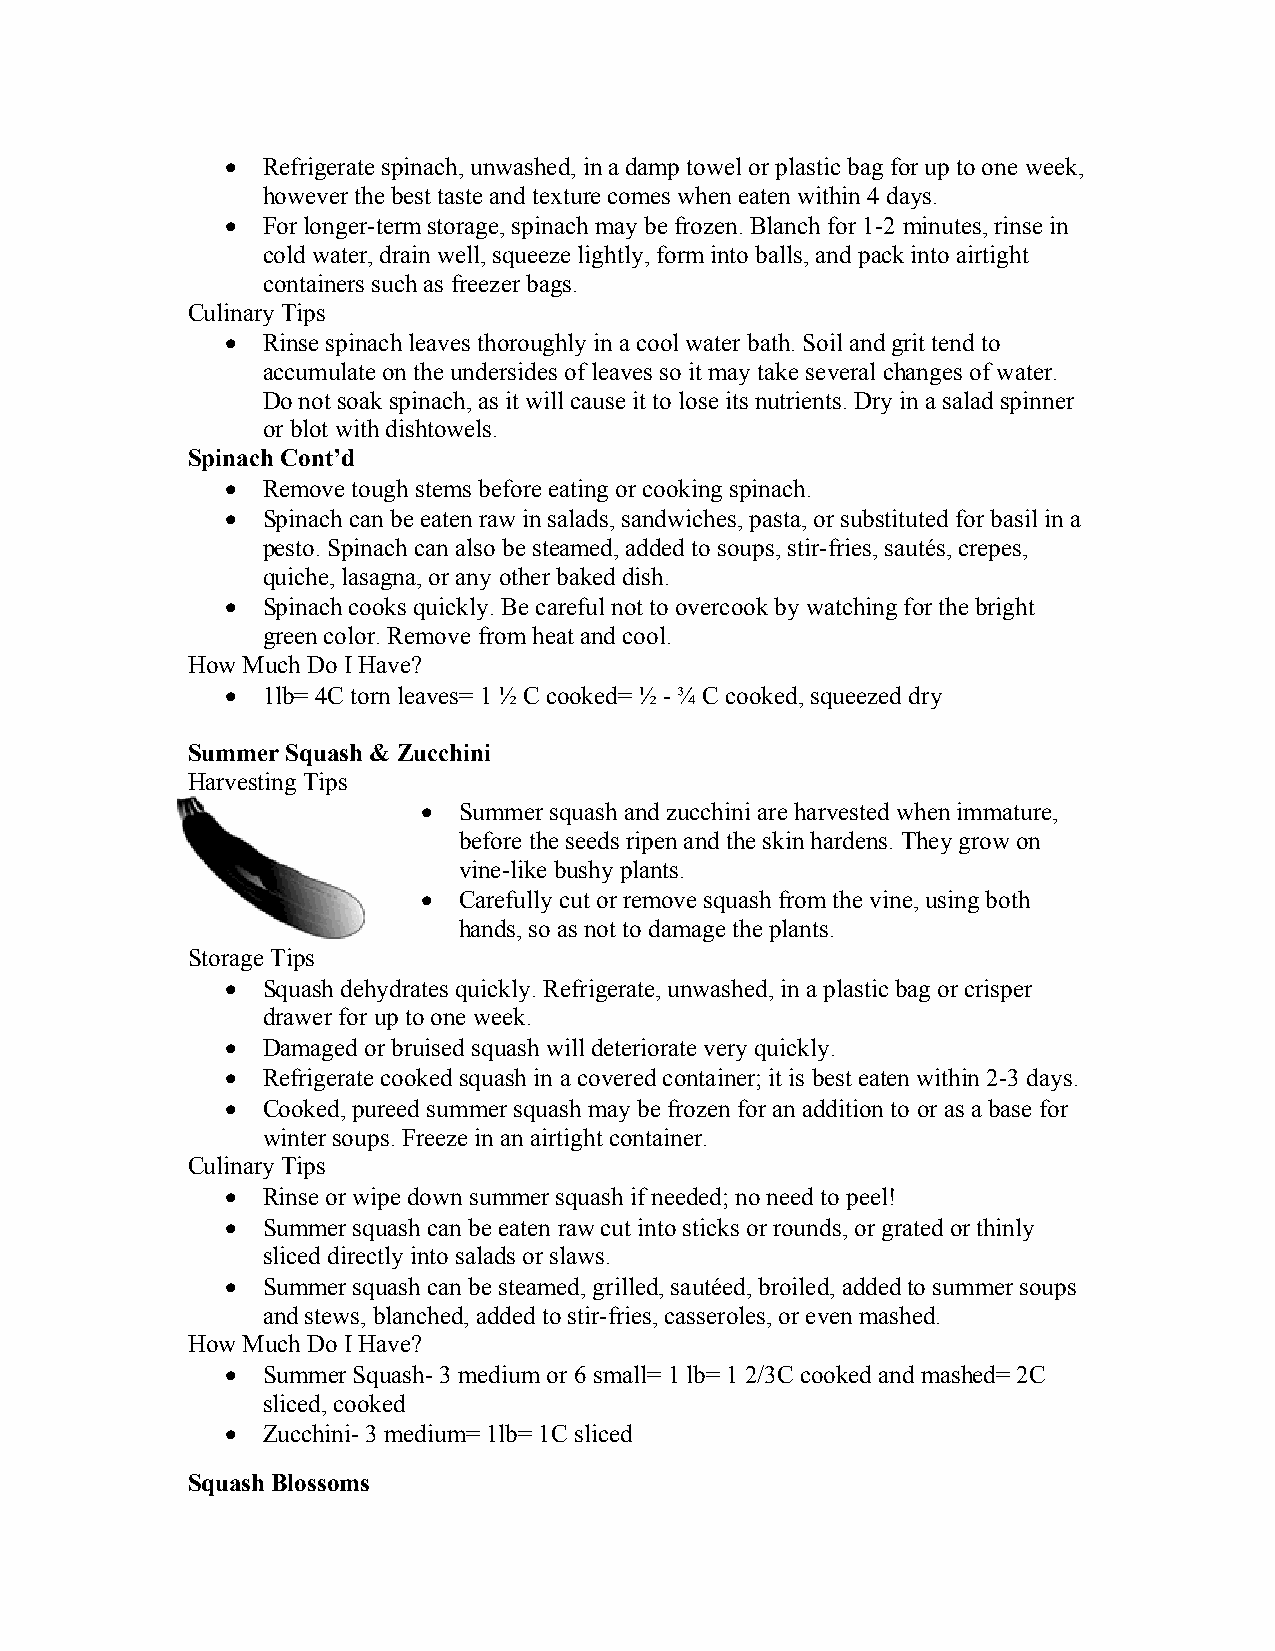
 Refrigerate spinach, unwashed, in a damp towel or plastic bag for up to one week,
 however the best taste and texture comes when eaten within 4 days.
  For longer-term storage, spinach may be frozen. Blanch for 1-2 minutes, rinse in
 cold water, drain well, squeeze lightly, form into balls, and pack into airtight
 containers such as freezer bags.
 Culinary Tips
  Rinse spinach leaves thoroughly in a cool water bath. Soil and grit tend to
 accumulate on the undersides of leaves so it may take several changes of water.
 Do not soak spinach, as it will cause it to lose its nutrients. Dry in a salad spinner
 or blot with dishtowels.
 Spinach Cont’d
  Remove tough stems before eating or cooking spinach.
  Spinach can be eaten raw in salads, sandwiches, pasta, or substituted for basil in a
 pesto. Spinach can also be steamed, added to soups, stir-fries, sautés, crepes,
 quiche, lasagna, or any other baked dish.
  Spinach cooks quickly. Be careful not to overcook by watching for the bright
 green color. Remove from heat and cool.
 How Much Do I Have?
  1lb= 4C torn leaves= 1 ½ C cooked= ½ - ¾ C cooked, squeezed dry
 Summer Squash & Zucchini
 Harvesting Tips
  Summer squash and zucchini are harvested when immature,
 before the seeds ripen and the skin hardens. They grow on
 vine-like bushy plants.
  Carefully cut or remove squash from the vine, using both
 hands, so as not to damage the plants.
 Storage Tips
  Squash dehydrates quickly. Refrigerate, unwashed, in a plastic bag or crisper
 drawer for up to one week.
  Damaged or bruised squash will deteriorate very quickly.
  Refrigerate cooked squash in a covered container; it is best eaten within 2-3 days.
  Cooked, pureed summer squash may be frozen for an addition to or as a base for
 winter soups. Freeze in an airtight container.
 Culinary Tips
  Rinse or wipe down summer squash if needed; no need to peel!
  Summer squash can be eaten raw cut into sticks or rounds, or grated or thinly
 sliced directly into salads or slaws.
  Summer squash can be steamed, grilled, sautéed, broiled, added to summer soups
 and stews, blanched, added to stir-fries, casseroles, or even mashed.
 How Much Do I Have?
  Summer Squash- 3 medium or 6 small= 1 lb= 1 2/3C cooked and mashed= 2C
 sliced, cooked
  Zucchini- 3 medium= 1lb= 1C sliced
 Squash Blossoms